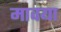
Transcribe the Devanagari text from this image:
मावया